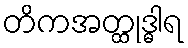
တိကအတ္ထုဒ္ဓါရ